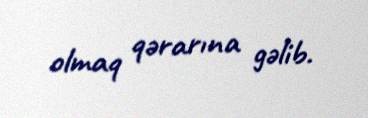
olmaq qərarına gəlib.